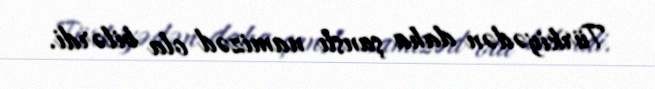
Türkiyədən daha şanslı namizəd ola bilərdi.